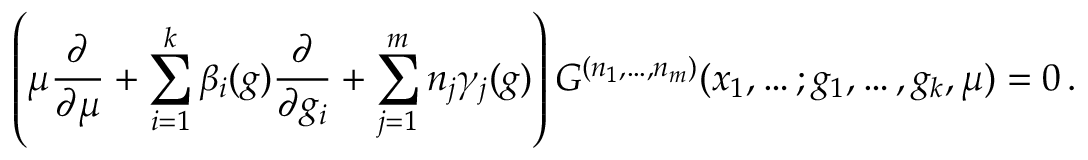
\left( \mu \frac { \partial } { \partial \mu } + \sum _ { i = 1 } ^ { k } \beta _ { i } ( g ) \frac { \partial } { \partial g _ { i } } + \sum _ { j = 1 } ^ { m } n _ { j } \gamma _ { j } ( g ) \right) G ^ { ( n _ { 1 } , \ldots , n _ { m } ) } ( x _ { 1 } , \ldots ; g _ { 1 } , \ldots , g _ { k } , \mu ) = 0 \, .